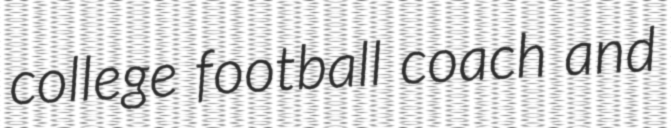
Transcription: college football coach and